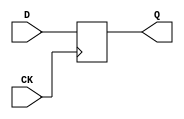
module DFF_X1( D, CK, Q );
	input D;
	input CK;
	output Q;

	reg Q;

	always @ ( posedge CK )
	begin
		Q <= D;
	end
endmodule